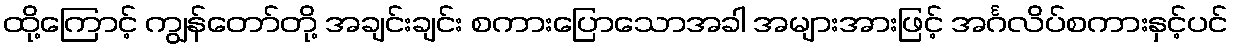
ထို့ကြောင့် ကျွန်တော်တို့ အချင်းချင်း စကားပြောသောအခါ အများအားဖြင့် အင်္ဂလိပ်စကားနှင့်ပင်